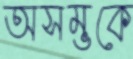
অসম্ভকে